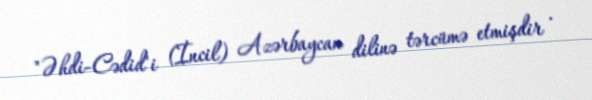
"Əhdi-Cədid"i (İncil) Azərbaycan dilinə tərcümə etmişdir .